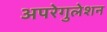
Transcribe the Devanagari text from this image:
अपरेगुलेशन